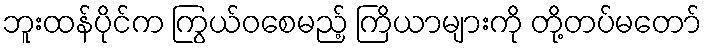
ဘူးထန်ပိုင်က ကြွယ်ဝစေမည့် ကြိယာများကို တို့တပ်မတော်